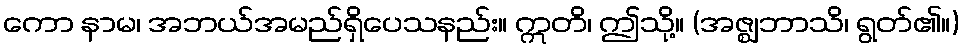
ကော နာမ၊ အဘယ်အမည်ရှိပေသနည်း။ ဣတိ၊ ဤသို့။ (အဇ္ဈဘာသိ၊ ရွတ်၏။)